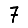
Digit: 7